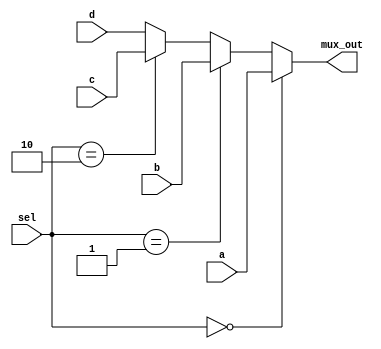
module mux(a,b,c,d,sel,mux_out);
    input a;
    input b;
    input c;
    input d;
    input [1:0] sel;
    output reg mux_out;

    always @(a or b or c or d or sel) begin
        if (sel ==2'b00)
            mux_out = a;
        else if (sel ==2'b01)
            mux_out = b;
        else if (sel ==2'b10)
            mux_out = c;
        else
            mux_out = d;
    end
endmodule